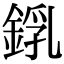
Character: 𨨜